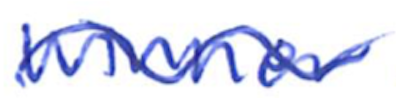
Text: winner
Cross-out: wave
Writing tool: ballpoint